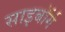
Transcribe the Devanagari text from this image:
साइबाॅर्ग